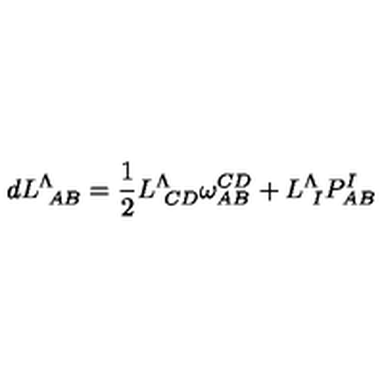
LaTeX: d L _ { \ A B } ^ { \Lambda } = { \frac { 1 } { 2 } } L _ { \ C D } ^ { \Lambda } \omega _ { A B } ^ { C D } + L _ { \ I } ^ { \Lambda } P _ { A B } ^ { I }